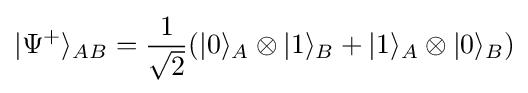
|\Psi ^{+}\rangle _{AB}={\frac {1}{\sqrt {2}}}(|0\rangle _{A}\otimes |1\rangle _{B}+|1\rangle _{A}\otimes |0\rangle _{B})